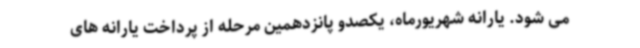
می شود. یارانه شهریورماه، یکصدو پانزدهمین مرحله از پرداخت یارانه های